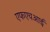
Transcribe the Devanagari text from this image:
एफएचआई